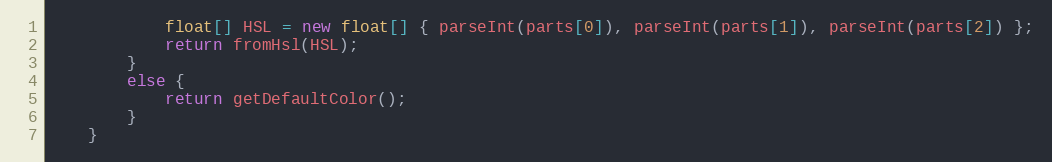
Language: Java
            float[] HSL = new float[] { parseInt(parts[0]), parseInt(parts[1]), parseInt(parts[2]) };
            return fromHsl(HSL);
        }
        else {
            return getDefaultColor();
        }
    }